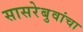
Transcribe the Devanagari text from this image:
सासरेबुवांचा